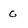
Character: c